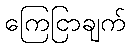
ကြေငြာချက်